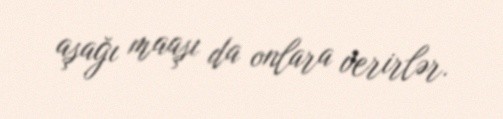
aşağı maaşı da onlara verirlər.